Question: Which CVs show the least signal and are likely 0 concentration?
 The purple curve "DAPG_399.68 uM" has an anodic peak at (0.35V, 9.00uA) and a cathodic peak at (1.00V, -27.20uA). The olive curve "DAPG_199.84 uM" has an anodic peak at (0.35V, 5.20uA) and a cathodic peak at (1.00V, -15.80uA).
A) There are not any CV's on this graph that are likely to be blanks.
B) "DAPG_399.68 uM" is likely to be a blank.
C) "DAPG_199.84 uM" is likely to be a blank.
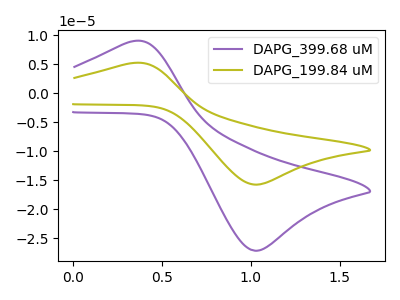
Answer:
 <answer>A) There are not any CV's on this graph that are likely to be blanks.</answer>
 <eval>A</eval>